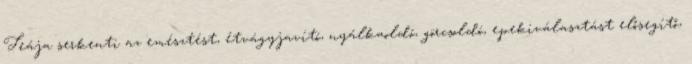
Teája serkenti az emésztést, étvágyjavító, nyálkaoldó, görcsoldó, epekiválasztást elősegítő,